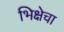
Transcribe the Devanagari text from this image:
भिक्षेचा